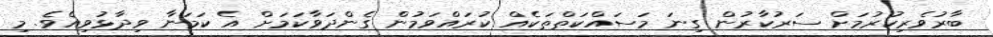
ބާރުވެރިކުރުމަށް ސަރުކާރުން ގިނަ މަސައްކަތްތަކެއް ކުރައްވަމުން ގެންދަވާކަމަށް އެ ކަމަނާ ވިދާޅުވިއެވެ. މި